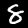
Label: 8